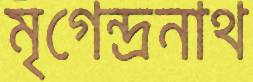
মৃগেন্দ্রনাথ